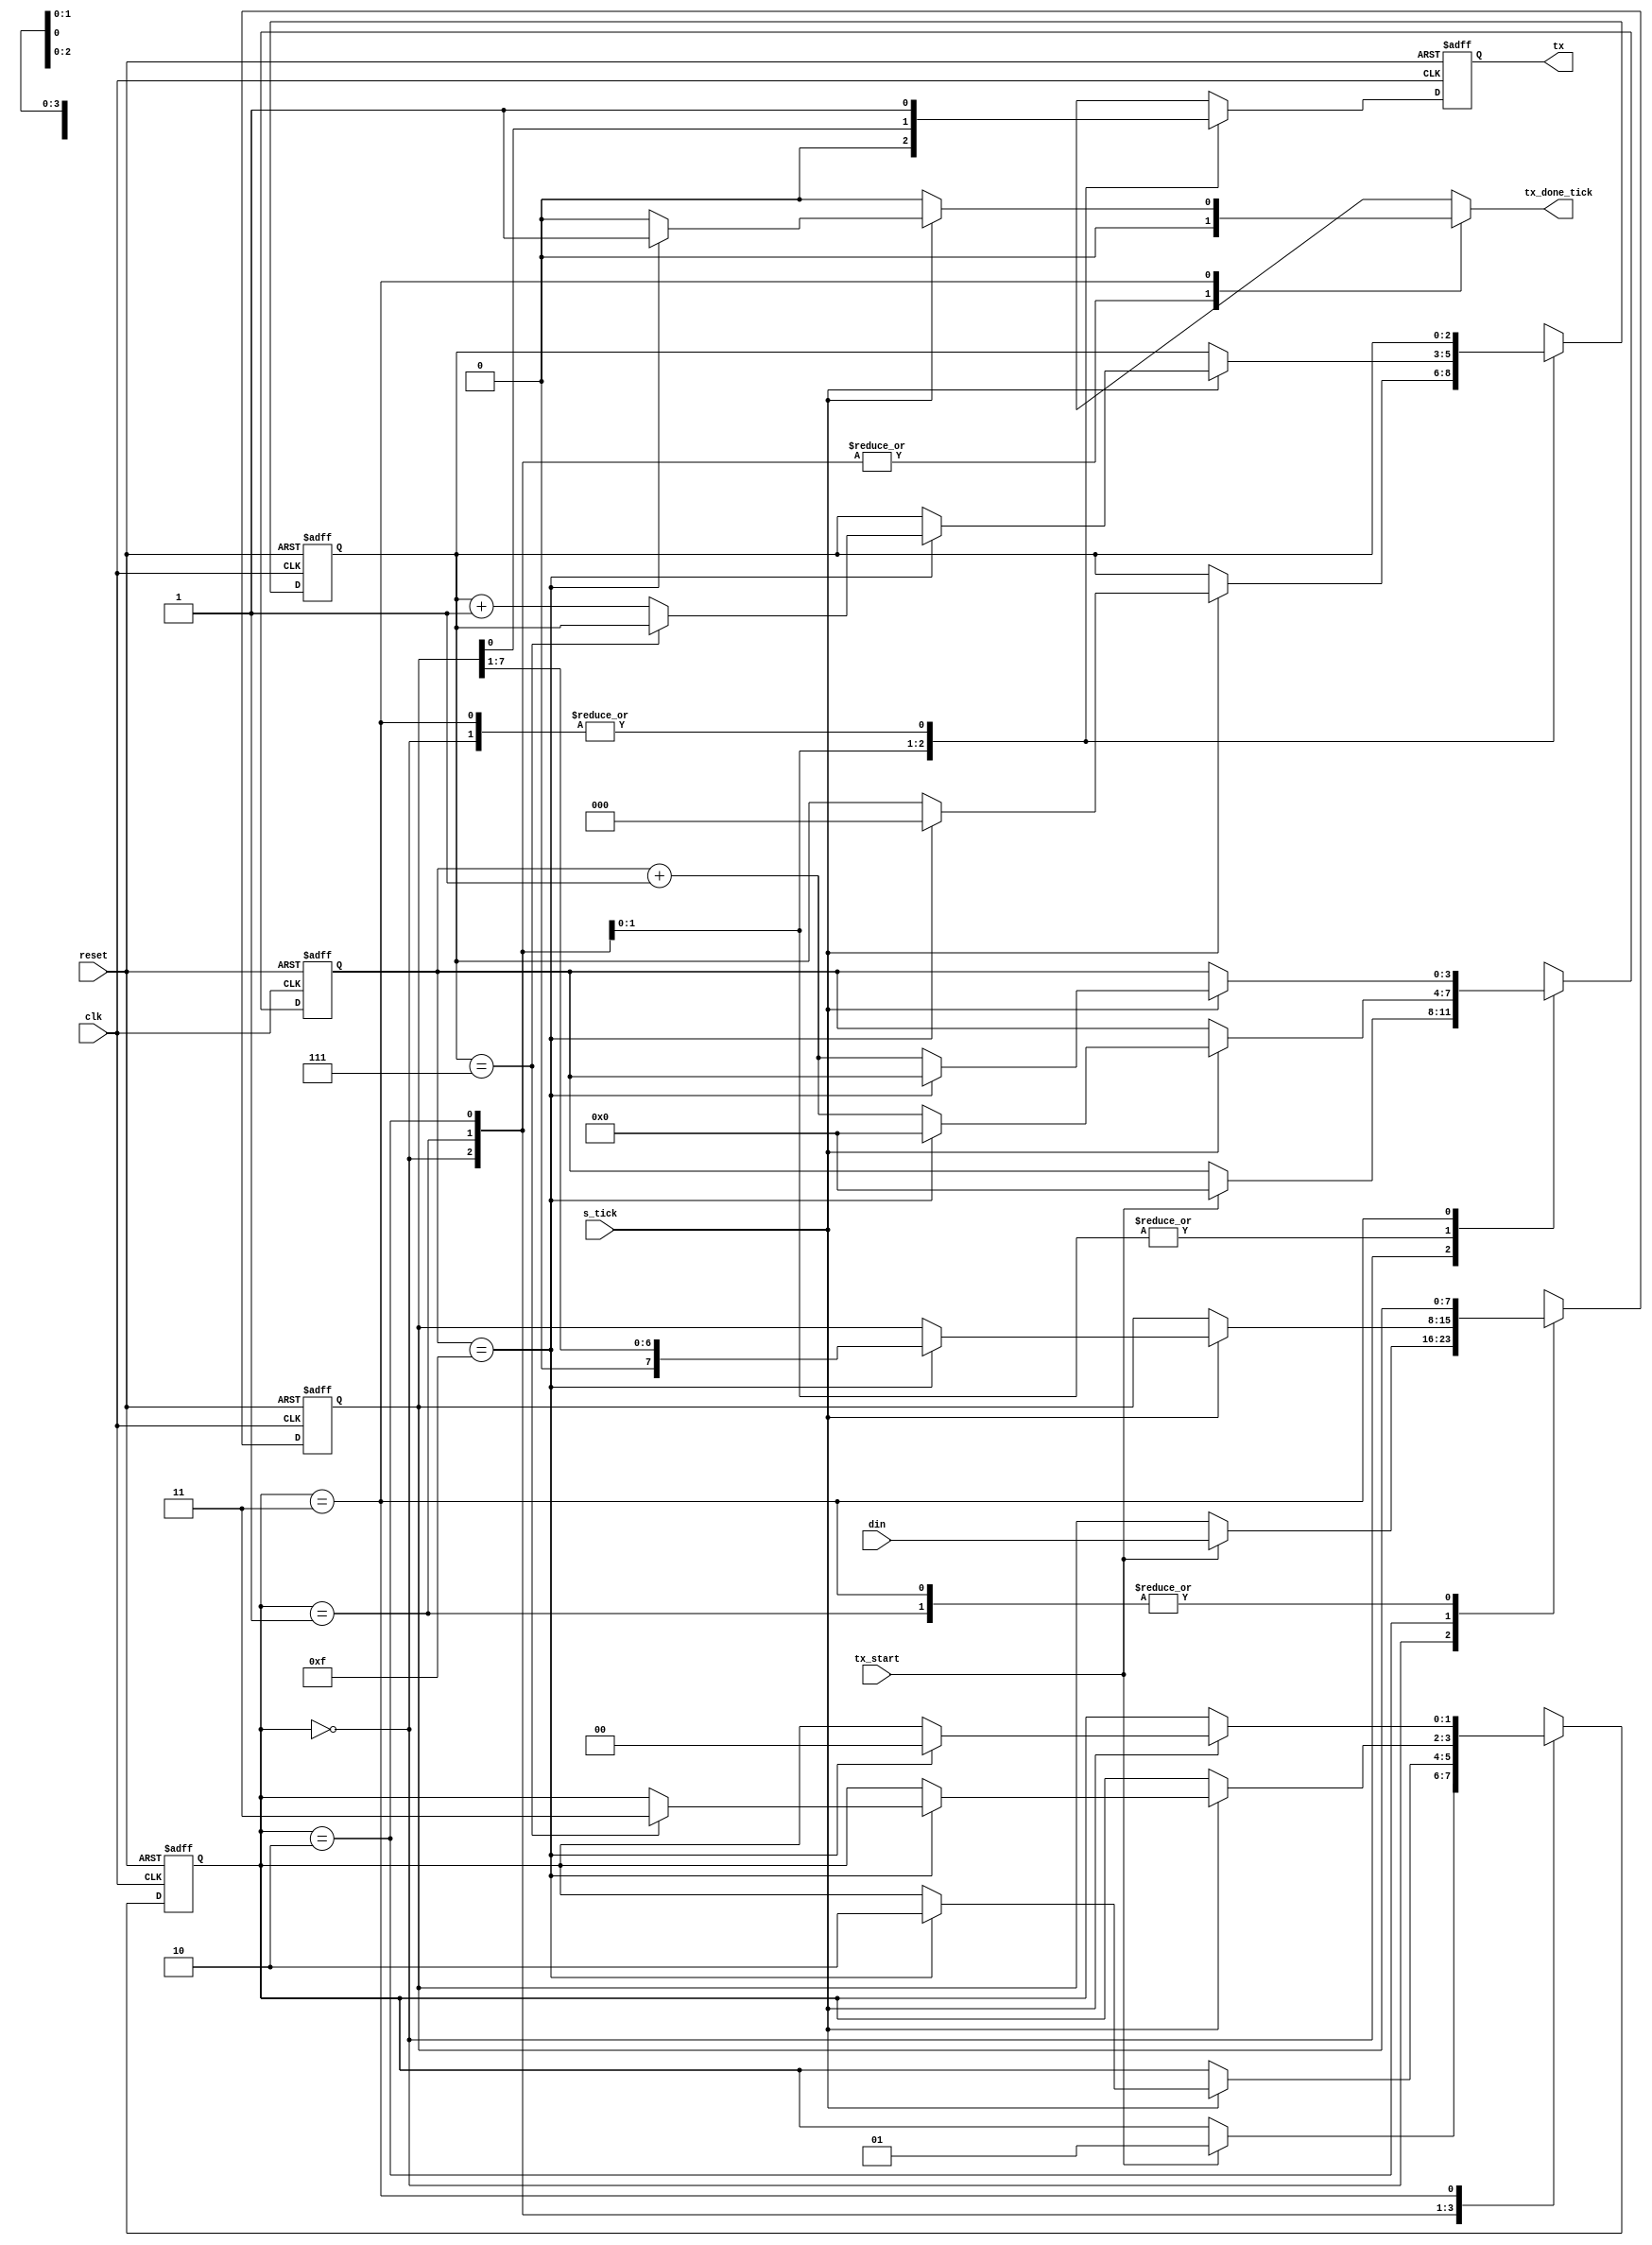
// --------------------------------------------------------------------
// >>>>>>>>>>>>>>>>>>>>>>>>> COPYRIGHT NOTICE <<<<<<<<<<<<<<<<<<<<<<<<<
// --------------------------------------------------------------------
// Github: https://github.com/abdelazeem201
// Description: UART Transmitter module
// Dependencies: 
// Since: 2021-12-24 17:30:50
// LastEditors: ahmed abdelazeem
// LastEditTime: 2021-17-24 10:32:50
// ********************************************************************
// Module Function:
module uart_tx
   #(
     parameter DBIT = 8,     // # data bits
               SB_TICK = 16  // # ticks for stop bits
   )
   (
    input wire clk, reset,
    input wire tx_start, s_tick,
    input wire [7:0] din,
    output reg tx_done_tick,
    output wire tx
   );

   // symbolic state declaration
   localparam [1:0]
      idle  = 2'b00,
      start = 2'b01,
      data  = 2'b10,
      stop  = 2'b11;

   // signal declaration
   reg [1:0] state_reg, state_next;
   reg [3:0] s_reg, s_next;
   reg [2:0] n_reg, n_next;
   reg [7:0] b_reg, b_next;
   reg tx_reg, tx_next;

   // body
   // FSMD state & data registers
   always @(posedge clk, posedge reset)
      if (reset)
         begin
            state_reg <= idle;
            s_reg <= 0;
            n_reg <= 0;
            b_reg <= 0;
            tx_reg <= 1'b1;
         end
      else
         begin
            state_reg <= state_next;
            s_reg <= s_next;
            n_reg <= n_next;
            b_reg <= b_next;
            tx_reg <= tx_next;
         end

   // FSMD next-state logic & functional units
   always @*
   begin
      state_next = state_reg;
      tx_done_tick = 1'b0;
      s_next = s_reg;
      n_next = n_reg;
      b_next = b_reg;
      tx_next = tx_reg ;
      case (state_reg)
         idle:
            begin
               tx_next = 1'b1;
               if (tx_start)
                  begin
                     state_next = start;
                     s_next = 0;
                     b_next = din;
                  end
            end
         start:
            begin
               tx_next = 1'b0;
               if (s_tick)
                  if (s_reg==15)
                     begin
                        state_next = data;
                        s_next = 0;
                        n_next = 0;
                     end
                  else
                     s_next = s_reg + 1;
            end
         data:
            begin
               tx_next = b_reg[0];
               if (s_tick)
                  if (s_reg==15)
                     begin
                        s_next = 0;
                        b_next = b_reg >> 1;
                        if (n_reg==(DBIT-1))
                           state_next = stop ;
                        else
                           n_next = n_reg + 1;
                     end
                  else
                     s_next = s_reg + 1;
            end
         stop:
            begin
               tx_next = 1'b1;
               if (s_tick)
                  if (s_reg==(SB_TICK-1))
                     begin
                        state_next = idle;
                        tx_done_tick = 1'b1;
                     end
                  else
                     s_next = s_reg + 1;
            end
      endcase
   end
   // output
   assign tx = tx_reg;

endmodule